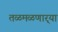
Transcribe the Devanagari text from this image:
तळमळणार्‍या